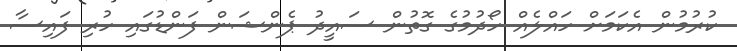
ކުރުމުން އެކަމަށް ހައްލެއް ހޯދުމުގެ ގޮތުން ސައީދު ޕެންޝަން ފަންޑުގައި ހުރި ފައިސާ